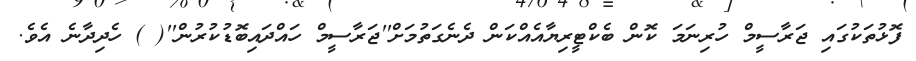
ފޮޅުތަކުގައި ޖަރާސީމް ހުރިނަމަ ކޮން ބެކްޓީރިޔާއެއްކަން ދެނެގަތުމަށް''ޖަރާސީމް ހައްދައިބޮޑުކުރުން''( ) ހެދިދާނެ އެވެ.